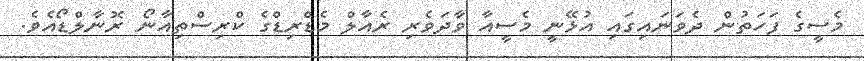
މެސީގެ ފަހަތުން ދެވަނައިގައި އުޅޭނީ މެސީއާ ވާދަވެރި ރެއާލް މެޑްރިޑްގެ ކްރިސްތިއާނޯ ރޮނާލްޑޯއެވެ.